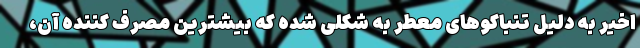
اخیر به دلیل تنباکوهای معطر به شکلی شده که بیشترین مصرف کننده آن،